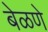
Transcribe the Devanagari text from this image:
बेळणे